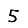
Digit: 5